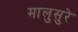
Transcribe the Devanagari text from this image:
मालुसुरे